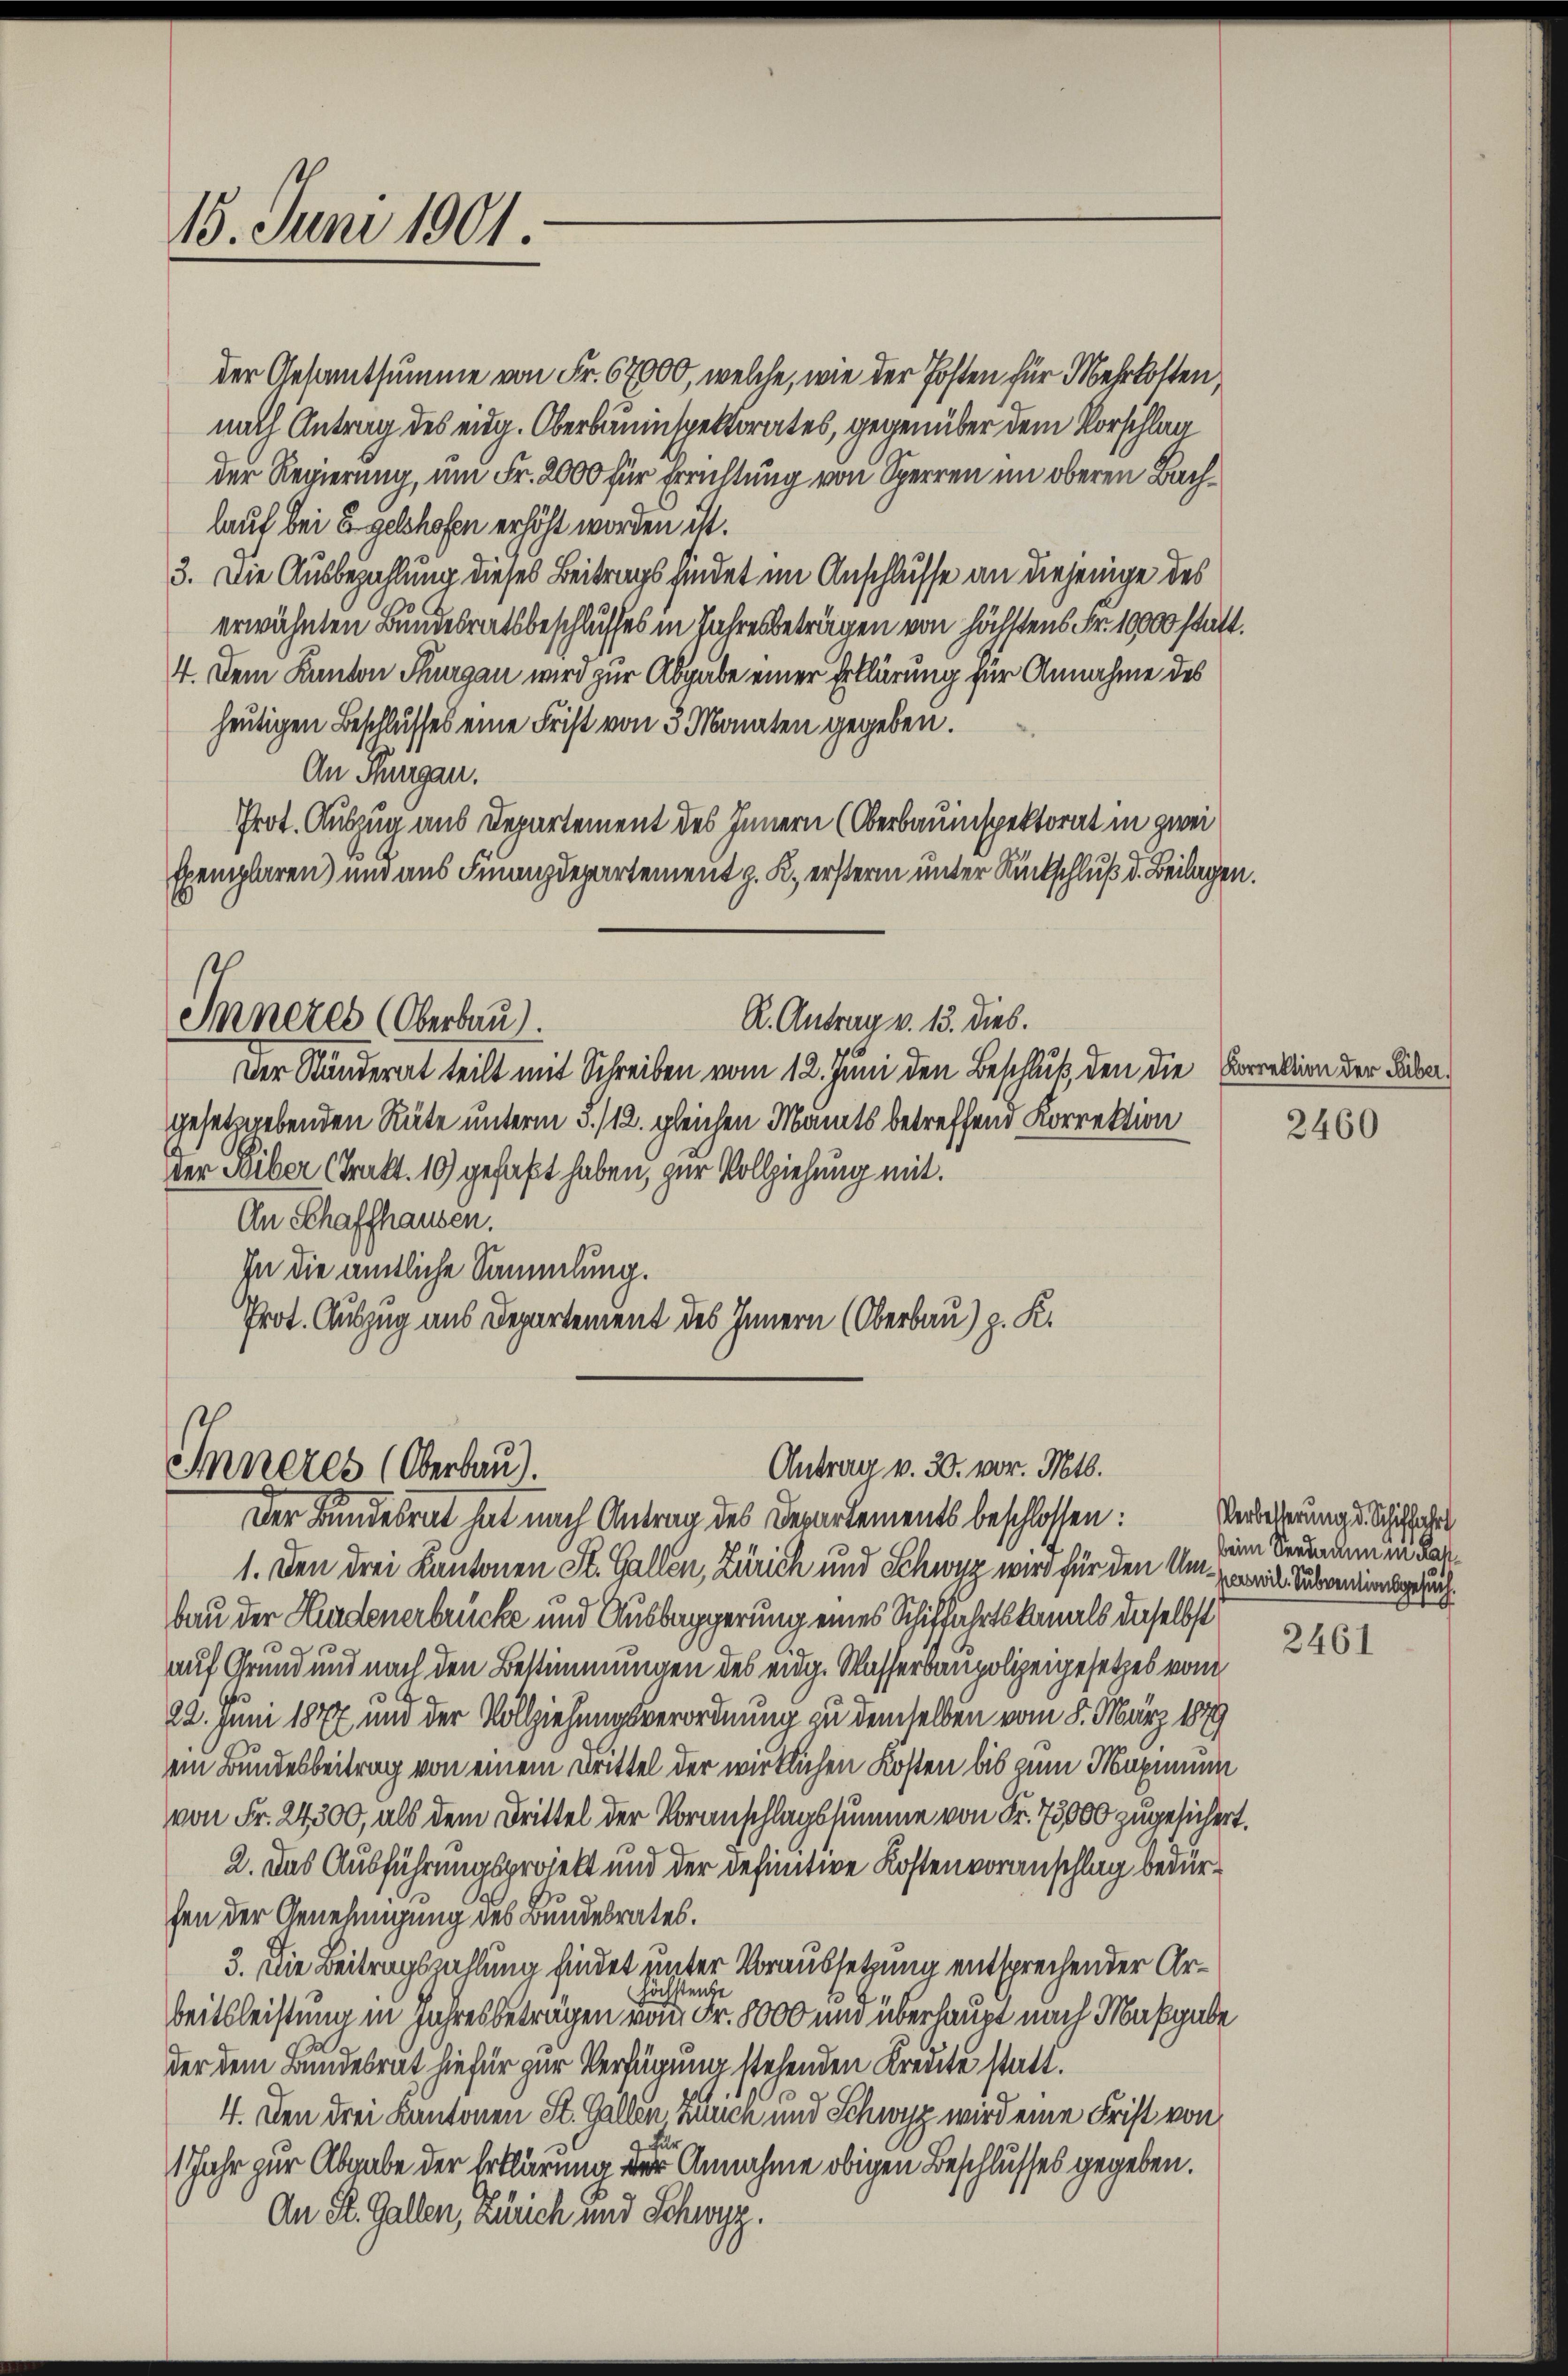
15. Juni 1901

der Gesamtsumme von Fr. 67000, welche, wie der Posten für Mehrkosten,
nach Antrag des eidg. Oberbauinspektorates, gegenüber dem Vorschlag
der Regierung, und Fr. 2000 für Errichtung von Sperren im oberen Bachlauf bei Egelhofen erhöht worden ist.
3. Die Ausbezahlung dieses Beitrags findet im Anschlusse an diejenige des
erwähnten Bundesratsbeschlusses in Jahresbeträgen von höchstens Fr. 10000 statt.
4. Dem Kanton Thurgau wird zur Abgabe einer Erklärung für Annahme des
heutigen Beschlusses eine Frist von 3 Monaten gegeben.
An Thurgau.
Prot. Auszug aus Departement des Innern (Oberbauinspektorat in zwei
Exemplaren) und aus Finanzdepartement z. K. erstern unter Rückschluß d. Beilagen
R. Antrag v. 13. dies.
Inneres (Oberbau).
Der Ständerat teilt mit Schreiben vom 12. Juni den Beschluß, den die Correktion der Labagesetzgebenden Räte unterm 5. /12. gleichen Mants betreffend Korrektion
Der Siber (Trakt. 10) gefaßt haben, zur Vollziehung mit.
An Schaffhausen.
In die amtliche Sammlung.
Prot. Auszug aus Departement des Innern (Oberbau) z. K.

Antrag v. 30. vor. Mts.
Inneres (Oberbau).
Der Bundesrat hat nach Antrag des Departements beschlossen:

1. Den drei Kantonen St. Gallen, Zürich und Schwyz wird für den Um- Suisgerich
bau der Hindenerbrücke und Ausbaggerung eines Schiffahrtskanals dieselbst
auf Grund und nach den Bestimmungen des eidg. Wasserbaupolizeigesetzes vom
22. Juni 1877 und der Vollziehungsverordnung zu demselben vom 8. März 1879
ein Bundesbeitrag von einem Drittel der wirklichen Kosten bis zum Maximum
von Fr. 24300, als dem Drittel der Voranschlagssumme von Fr. 75000 zugesichert
2. Das Ausführungsprojekt und der definitive Kostenvoranschlag bedürfen der Genehmigung des Bundesrates.
3. Die Beitragszahlung findet unter Voraussetzung entsprechender Arhöchstende
beitsleistung in Jahres betragen von Fr. 8000 und überhaupt nach Maßgabe
der dem Bundesrat hiefür zur Verfügung stehenden Kredite statt.
4. Den drei Kantonen St. Gallen Zusch und Schwyz wird eine Frist von
1 Jahr zur Abgabe der Erklärung der Annahme obigen Beschlusses gegeben.
An R. Gallen, Zürich und Schwyz.

2460

2461

r
Verbesserung d. Schiffahrt
beim Sendmann in das